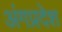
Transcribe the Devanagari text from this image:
अंगप्रदेश